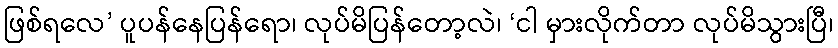
ဖြစ်ရလေ’ ပူပန်နေပြန်ရော၊ လုပ်မိပြန်တော့လဲ၊ ‘ငါ မှားလိုက်တာ လုပ်မိသွားပြီ၊